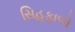
સિહફાળો